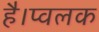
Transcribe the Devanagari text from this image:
है।प्वलक